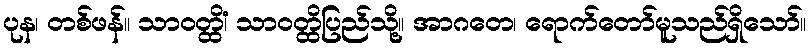
ပုန၊ တစ်ဖန်။ သာဝတ္ထိံ၊ သာဝတ္ထိပြည်သို့။ အာဂတေ၊ ရောက်တော်မူသည်ရှိသော်။